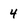
Character: 4